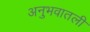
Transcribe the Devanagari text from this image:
अनुभवातली